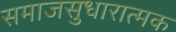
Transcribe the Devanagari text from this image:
समाजसुधारात्मक